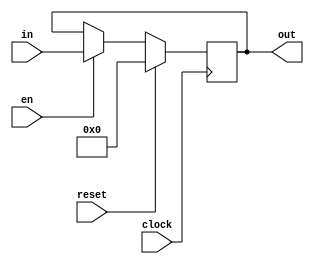
`timescale 1ns / 1ps
//////////////////////////////////////////////////////////////////////////////////
// Company: 
// Engineer: 
// 
// Design Name: 
// Module Name: reg8b
// Project Name: 
// Target Devices: 
// Tool Versions: 
// Description: 
// 
// Dependencies: 
// 
// Revision:
// Revision 0.01 - File Created
// Additional Comments:
// 
//////////////////////////////////////////////////////////////////////////////////


module reg8b(
    input [7:0] in,
    input en,
    input reset,
    input clock,
    output reg [7:0] out
    );
    
    always@(posedge clock) begin
        
        if(reset == 1) begin
            out = 0;
        end
        else begin
            if(en == 1) begin
                out = in;
            end
        end
        
        
        
    end
    
endmodule